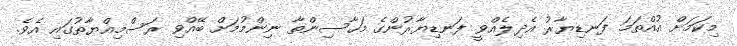
މިކަމަށް އުއްތަމަ ފަނޑިޔާރު އެދިލެއްވީ ފަނޑިޔާރުންގެ މަހާސިންތާ ނިންމުމަށް ބޭއްވި ރަސްމިއްޔާތުގައި އެވެ.